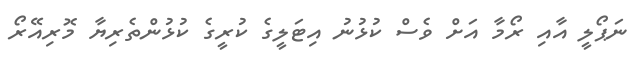
ނަޕޯލީ އާއި ރޯމާ އަށް ވެސް ކުޅުނު އިޓަލީގެ ކުރީގެ ކުޅުންތެރިޔާ މޮރިއޭރޯ